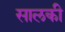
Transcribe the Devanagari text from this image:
सालकी